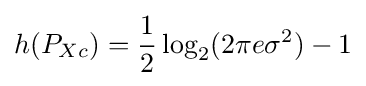
h(P_{Xc})={\frac {1}{2}}\log _{2}(2\pi e\sigma ^{2})-1